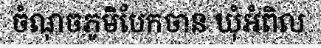
ចំណុចភូមិបែកចាន ឃុំអំពិល